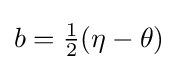
b={\tfrac {1}{2}}(\eta -\theta )